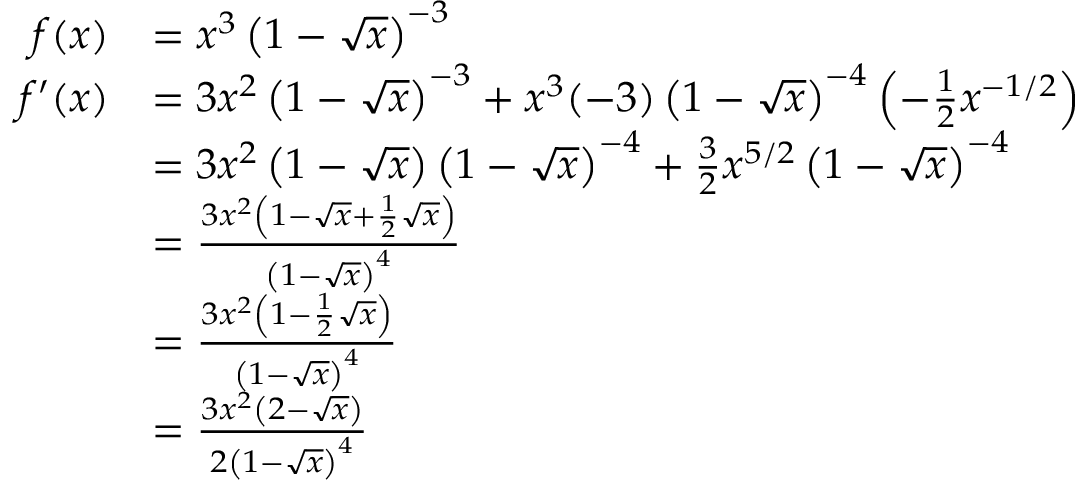
\begin{array} { r l } { f ( x ) } & { = x ^ { 3 } \left( 1 - \sqrt { x } \right) ^ { - 3 } } \\ { f ^ { \prime } ( x ) } & { = 3 x ^ { 2 } \left( 1 - \sqrt { x } \right) ^ { - 3 } + x ^ { 3 } ( - 3 ) \left( 1 - \sqrt { x } \right) ^ { - 4 } \left( - \frac { 1 } { 2 } x ^ { - 1 / 2 } \right) } \\ & { = 3 x ^ { 2 } \left( 1 - \sqrt { x } \right) \left( 1 - \sqrt { x } \right) ^ { - 4 } + \frac { 3 } { 2 } x ^ { 5 / 2 } \left( 1 - \sqrt { x } \right) ^ { - 4 } } \\ & { = \frac { 3 x ^ { 2 } \left( 1 - \sqrt { x } + \frac { 1 } { 2 } \sqrt { x } \right) } { \left( 1 - \sqrt { x } \right) ^ { 4 } } } \\ & { = \frac { 3 x ^ { 2 } \left( 1 - \frac { 1 } { 2 } \sqrt { x } \right) } { \left( 1 - \sqrt { x } \right) ^ { 4 } } } \\ & { = \frac { 3 x ^ { 2 } \left( 2 - \sqrt { x } \right) } { 2 \left( 1 - \sqrt { x } \right) ^ { 4 } } } \end{array}